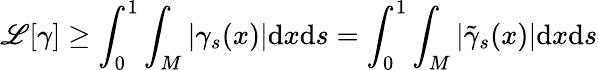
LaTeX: \mathscr{L}[\gamma]\geq\int_{0}^{1}\int_{M}|\gamma_{s}(x)|\mathrm{d}x\mathrm{d}s=\int_{0}^{1}\int_{M}|\tilde{\gamma}_{s}(x)|\mathrm{d}x\mathrm{d}s